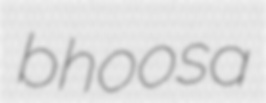
bhoosa